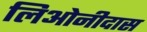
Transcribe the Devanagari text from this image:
लिओनीदास